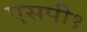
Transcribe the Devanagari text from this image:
एसपी१